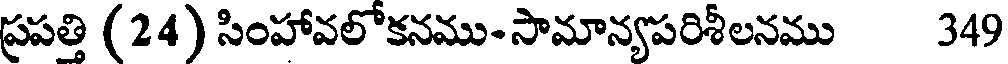
ప్రపత్తి (24) సింహావలోకనము- సామాన్యపరిశీలనము 349